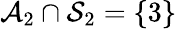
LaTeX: \mathcal{A}_{2}\cap\mathcal{S}_{2}=\{ 3\}